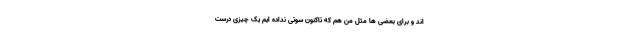
اند و برای بعضی ها مثل من هم که تاکنون سوتی نداده ایم یک چیزی درست